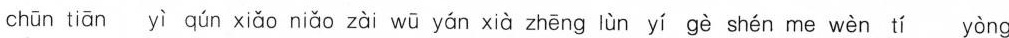
chūn tiān yì qún xiǎc niǎo zài wū yán xià zhēng lùn yí gè shén me wèn tí yòng